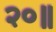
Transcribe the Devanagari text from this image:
२०॥